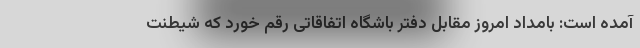
آمده است: بامداد امروز مقابل دفتر باشگاه اتفاقاتی رقم خورد که شیطنت